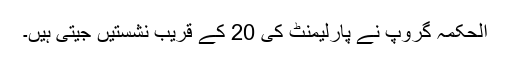
الحکمہ گروپ نے پارلیمنٹ کی 20 کے قریب نشستیں جیتی ہیں۔